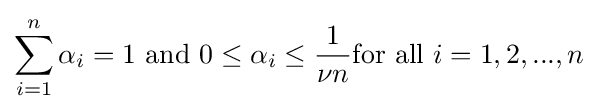
\sum _{i=1}^{n}\alpha _{i}=1{\text{ and }}0\leq \alpha _{i}\leq {\frac {1}{\nu n}}{\text{for all }}i=1,2,...,n